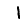
Digit: 1